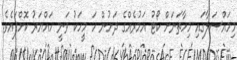
މިމައްސަލާގައި މިހާތަނަށް ކޯޓު އަމުރެއްގެ ދަށުން ހަ މީހަކު ވަނީ ހައްޔަރު ކޮށްފައެވެ.